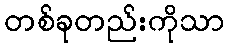
တစ်ခုတည်းကိုသာ